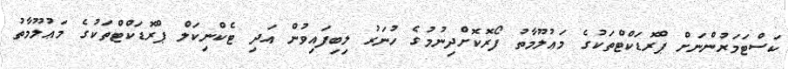
ކަސްޓަމަރުންނަށް ޕްރޮޑަކްޓްތަކުގެ މަޢުލޫމާތު ފޯރޮކޮށްދިނުމުގެ ހުނަރު ލިބިފައިވުން އަދި ޓެކްނިކަލް ޕްރޮޑަކްޓްތަކުގެ މަޢުލޫމާތު